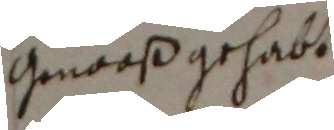
gmooß gehabt